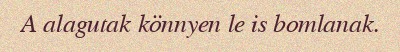
A alagutak könnyen le is bomlanak.